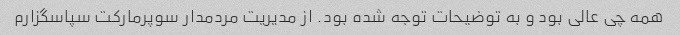
همه چی عالی بود و به توضیحات توجه شده بود. از مدیریت مردمدار سوپرمارکت سپاسگزارم